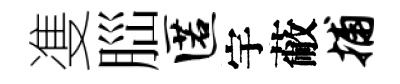
㕠𦛁匿宇蔽捕